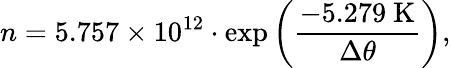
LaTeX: n=5.757\times 10^{12}\cdot\exp\left(\frac{-5.279\mathrm{~K}}{\Delta\theta}\right),